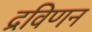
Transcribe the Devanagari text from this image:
द्रविणन